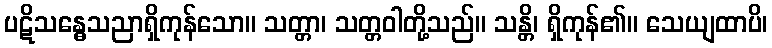
ပဋိသန္ဓေသညာရှိကုန်သော။ သတ္တာ၊ သတ္တဝါတို့သည်။ သန္တိ၊ ရှိကုန်၏။ သေယျထာပိ၊